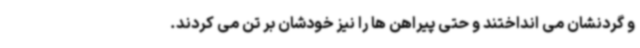
و گردنشان می انداختند و حتی پیراهن ها را نیز خودشان بر تن می کردند.